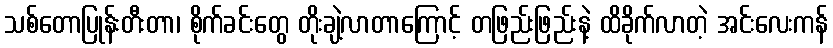
သစ်တောပြုန်းတီးတာ၊ စိုက်ခင်းတွေ တိုးချဲ့လာတာကြောင့် တဖြည်းဖြည်းနဲ့ ထိခိုက်လာတဲ့ အင်းလေးကန်